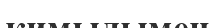
кимылымен